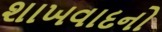
શાખવાદનો